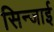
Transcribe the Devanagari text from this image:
सिन्जाई